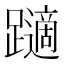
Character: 𲄏